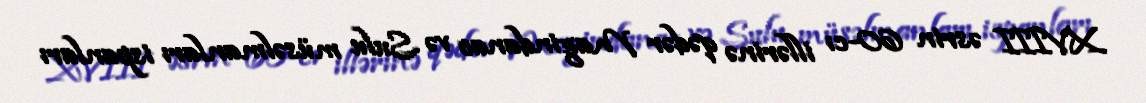
XVIII əsrin 60-cı illərinə qədər Magindanao və Sulu müsəlmanları ispanları